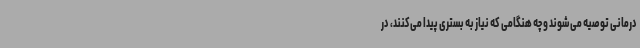
درمانی توصیه می‌شوند و چه هنگامی که نیاز به بستری پیدا می‌کنند، در